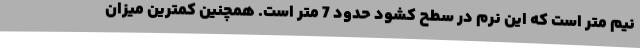
نیم متر است که این نرم در سطح کشود حدود 7 متر است. همچنین کمترین میزان